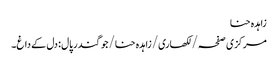
زاہدہ حنا
مرکزی صفحہ/ لکھاری/ زاہدہ حنا/جوگندر پال : دل کے داغ۔